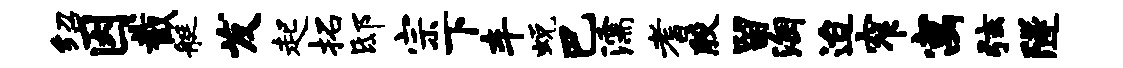
绍因截艇发起拓邸宗下车蜕巴濡耆殷留淘迨窄寓弦隧